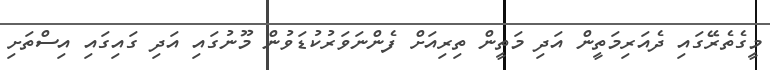
މީގެތެރޭގައި ދެއަރިމަތީން އަދި މަތީން ތިރިއަށް ފެންނަވަރުކުޑަވުން މޫނުގައި އަދި ގައިގައި އިސްތަށި